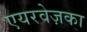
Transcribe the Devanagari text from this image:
एयरवेज़का